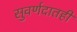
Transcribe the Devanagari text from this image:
सुवर्णदातही